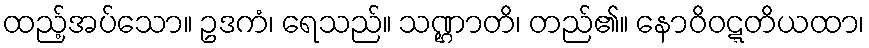
ထည့်အပ်သော။ ဥဒကံ၊ ရေသည်။ သဏ္ဌာတိ၊ တည်၏။ နောဝိဝဋ္ဋတိယထာ၊